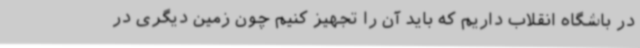
در باشگاه انقلاب داریم که باید آن را تجهیز کنیم چون زمین دیگری در